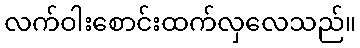
လက်ဝါးစောင်းထက်လှလေသည်။